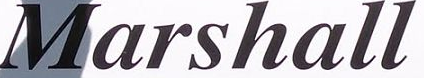
Marshall